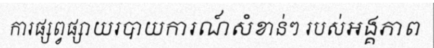
ការផ្សព្វផ្សាយរបាយការណ៍សំខាន់ៗ របស់អង្គភាព